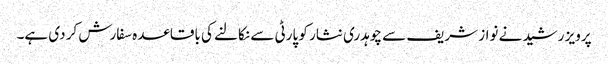
پرویز رشید نے نواز شریف سے چوہدری نثار کو پارٹی سے نکالنے کی باقاعدہ سفارش کر دی ہے۔